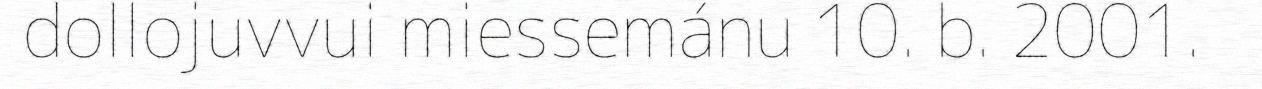
dollojuvvui miessemánu 10. b. 2001.